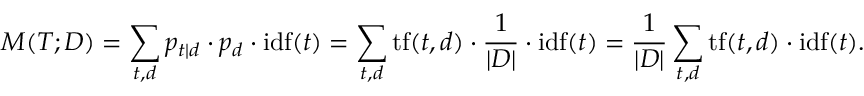
M ( { \cal { T } } ; { \cal { D } } ) = \sum _ { t , d } p _ { t | d } \cdot p _ { d } \cdot \mathrm { i d f } ( t ) = \sum _ { t , d } \mathrm { t f } ( t , d ) \cdot { \frac { 1 } { | D | } } \cdot \mathrm { i d f } ( t ) = { \frac { 1 } { | D | } } \sum _ { t , d } \mathrm { t f } ( t , d ) \cdot \mathrm { i d f } ( t ) .